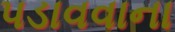
પડાવવાના